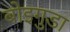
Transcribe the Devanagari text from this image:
बोइगुडा